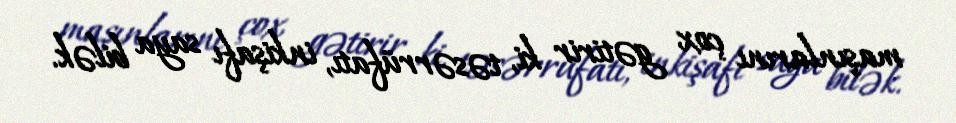
maşınlarını çox gətirir ki, təsərrüfatı, inkişafı saya bilək.